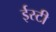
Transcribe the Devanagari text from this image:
ईस्टी